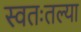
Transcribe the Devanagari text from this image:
स्वतःतल्या